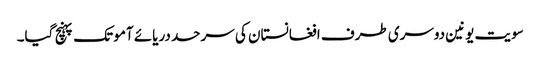
سویت یونین دوسری طرف افغانستان کی سرحد دریائے آمو تک پہنچ گیا۔